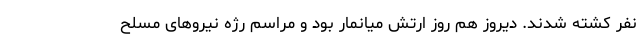
نفر کشته شدند. دیروز هم روز ارتش میانمار بود و مراسم رژه نیروهای مسلح